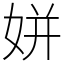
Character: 姘